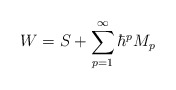
\begin{align*}W=S+\sum\limits_{p=1}^\infty \hbar ^pM_p\end{align*}